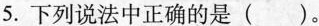
5.下列说法中正确的是( )。